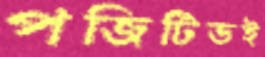
পজিটিভই